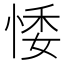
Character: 𢛊